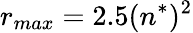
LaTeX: r_{max}=2.5(n^{*})^{2}